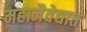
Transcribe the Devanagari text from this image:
महानैवेद्यात